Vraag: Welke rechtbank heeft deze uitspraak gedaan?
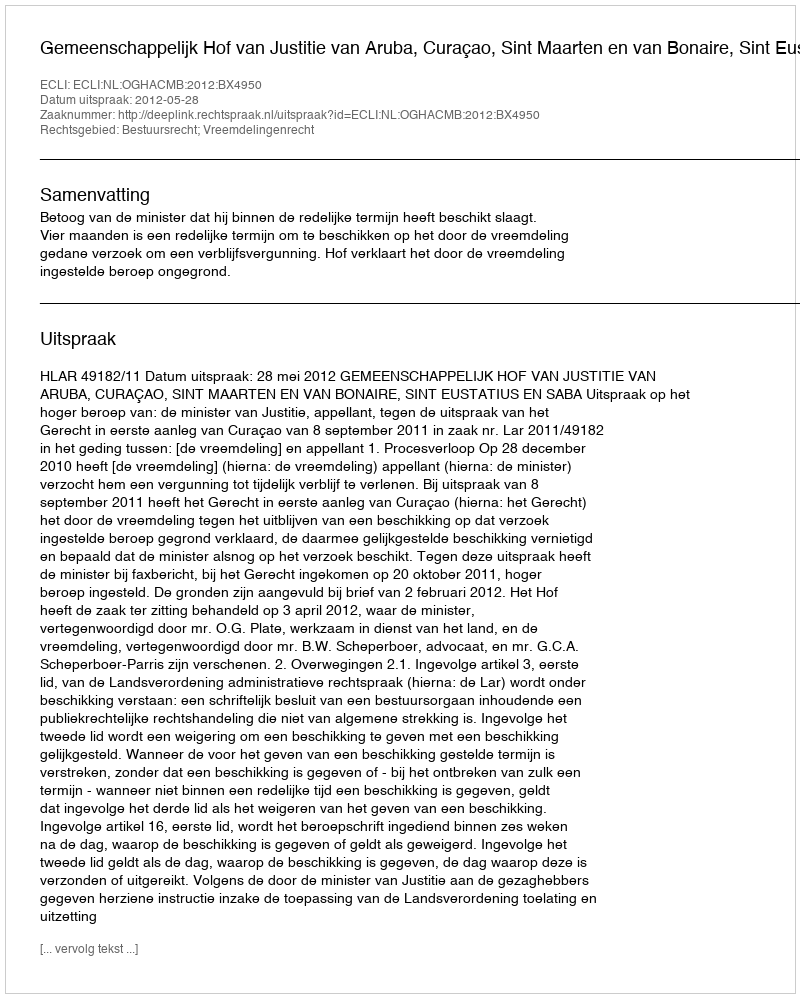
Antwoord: Gemeenschappelijk Hof van Justitie van Aruba, Curaçao, Sint Maarten en van Bonaire, Sint Eustatius en Saba